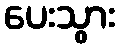
ပေးသွား